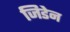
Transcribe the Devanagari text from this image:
जिडेन